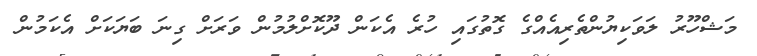
މަޝްހޫރު ލަވަކިޔުންތެރިއެއްގެ ގޮތުގައި ހުރެ އެކަން ދޫކޮށްލުމުން ވަރަށް ގިނަ ބަޔަކަށް އެކަމުން